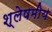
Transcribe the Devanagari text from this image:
श्लेषमीय